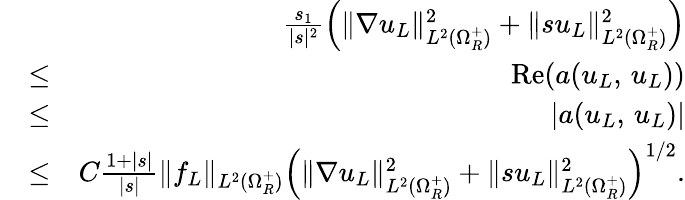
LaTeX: \begin{array}{rlr}&{}&{\frac{s_{1}}{|s|^{2}}\left(\| \nabla u_{L}\| _{L^{2}(\Omega_{R}^{+})}^{2}+\| su_{L}\| _{L^{2}(\Omega_{R}^{+})}^{2}\right)}\\ &{\leq}&{\textnormal{Re}(a(u_{L},\, u_{L}))}\\ &{\leq}&{|a(u_{L},\, u_{L})|}\\ &{\leq}&{C\frac{1+|s|}{|s|}\| f_{L}\| _{L^{2}(\Omega_{R}^{+})}\left(\| \nabla u_{L}\| _{L^{2}(\Omega_{R}^{+})}^{2}+\| su_{L}\| _{L^{2}(\Omega_{R}^{+})}^{2}\right)^{1/2}.}\end{array}